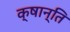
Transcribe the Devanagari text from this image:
क्षान्ति